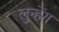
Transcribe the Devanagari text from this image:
लुन्हेंग